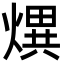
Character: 熼